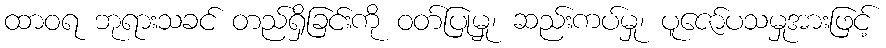
ထာဝရ ဘုရားသခင် တည်ရှိခြင်းကို ဝတ်ပြုမှု၊ ဆည်းကပ်မှု၊ ပူဇော်ပသမှုအားဖြင့်